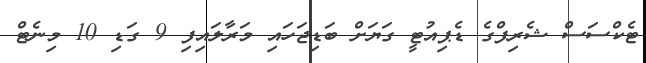
ޓެކްސަސް ޝެރިފްގެ ޑެޕިއުޓީ ގަޔަށް ބަޑިޖަހައި މަރާލައިފި 9 ގަޑި 10 މިނެޓް